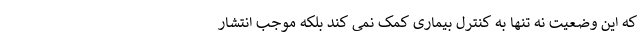
که این وضعیت نه تنها به کنترل بیماری کمک نمی کند بلکه موجب انتشار